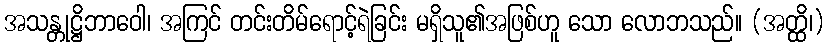
အသန္တုဋ္ဌိဘာဝေါ၊ အကြင် တင်းတိမ်ရောင့်ရဲခြင်း မရှိသူ၏အဖြစ်ဟူ သော လောဘသည်။ (အတ္ထိ၊)